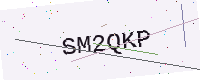
Text: SM2QKP